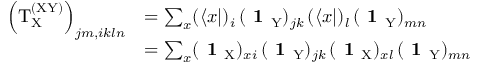
\begin{array} { r l } { \left( \mathrm { T } _ { \mathrm X } ^ { \mathrm { ( X Y ) } } \right) _ { j m , i k l n } } & { = \sum _ { x } ( \langle x | ) _ { i } \, ( \textbf { 1 } _ { \mathrm { Y } } ) _ { j k } \, ( \langle x | ) _ { l } \, ( \textbf { 1 } _ { \mathrm { Y } } ) _ { m n } } \\ & { = \sum _ { x } ( \textbf { 1 } _ { \mathrm { X } } ) _ { x i } \, ( \textbf { 1 } _ { \mathrm { Y } } ) _ { j k } \, ( \textbf { 1 } _ { \mathrm { X } } ) _ { x l } \, ( \textbf { 1 } _ { \mathrm { Y } } ) _ { m n } } \end{array}